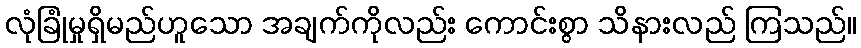
လုံခြုံမှုရှိမည်ဟူသော အချက်ကိုလည်း ကောင်းစွာ သိနားလည် ကြသည်။